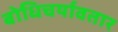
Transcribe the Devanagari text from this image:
बोधिचर्यावतार